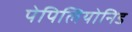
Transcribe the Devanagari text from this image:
पेपिलियोनिड